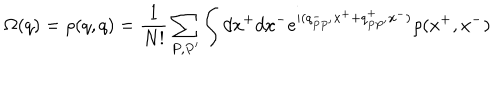
\Omega ( q ) = \rho ( q , q ) = \frac 1 { N ! } \sum _ { P , P ^ { \prime } } \int d x ^ { + } d x ^ { - } e ^ { i ( q _ { P P ^ { \prime } } ^ { - } x ^ { + } + q _ { P P ^ { \prime } } ^ { + } x ^ { - } ) } \rho ( x ^ { + } , x ^ { - } )